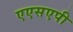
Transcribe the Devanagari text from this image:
एएसएपी